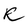
Character: R